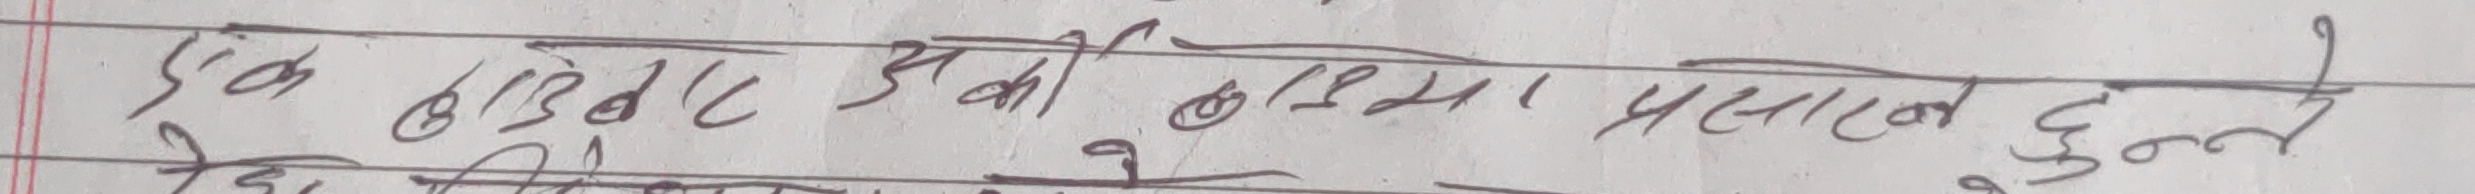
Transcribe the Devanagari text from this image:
एक ठाउँबाट अर्को ठाउँमा प्रसारण हुने